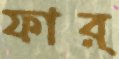
ফার্